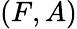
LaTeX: (F,A)